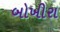
બોખીરા